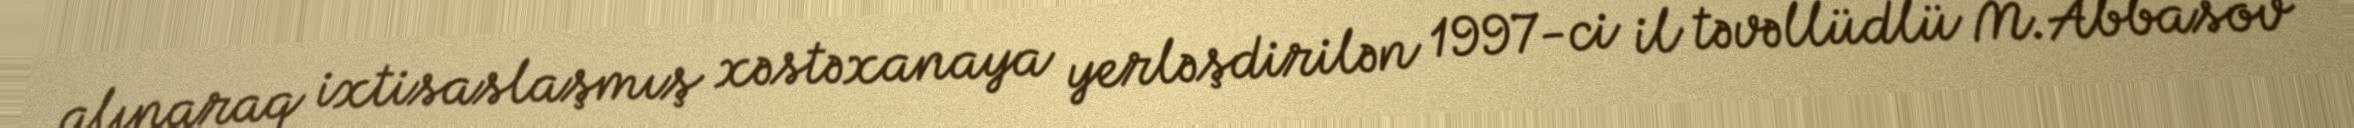
alınaraq ixtisaslaşmış xəstəxanaya yerləşdirilən 1997-ci il təvəllüdlü M.Abbasov